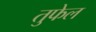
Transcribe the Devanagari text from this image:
तुफेल